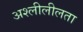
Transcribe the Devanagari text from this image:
अश्लीलीलता